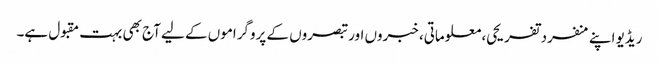
ریڈیو اپنے منفرد تفریحی، معلوماتی، خبروں اور تبصروں کے پروگراموں کے لیے آج بھی بہت مقبول ہے۔